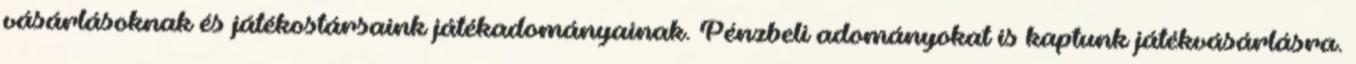
vásárlásoknak és játékostársaink játékadományainak. Pénzbeli adományokat is kaptunk játékvásárlásra.